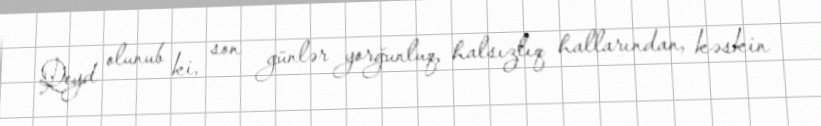
Qeyd olunub ki, son günlər yorğunluq, halsızlıq hallarından, kəskin